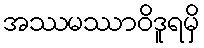
အဿမဿာဝိဒူရမှိ